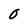
Character: 0